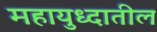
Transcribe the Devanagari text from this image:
महायुध्दातील